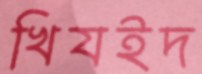
খিযইদ